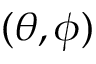
( \theta , \phi )